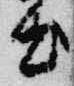
出